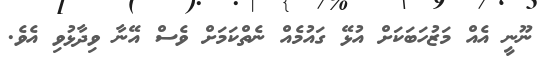
ނޫނީ އެއް މަޒުހަބަކަށް އުޅޭ ގައުމެއް ނެތްކަމަށް ވެސް އޭނާ ވިދާޅުވި އެވެ.